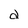
Character: d